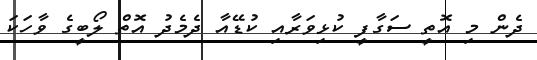
ދެން މި އޮތީ ސަގާފީ ކުޅިވަރާއި ކުޑޭއާ ދެމެދު އޮތް ލޯބީގެ ވާހަކަ